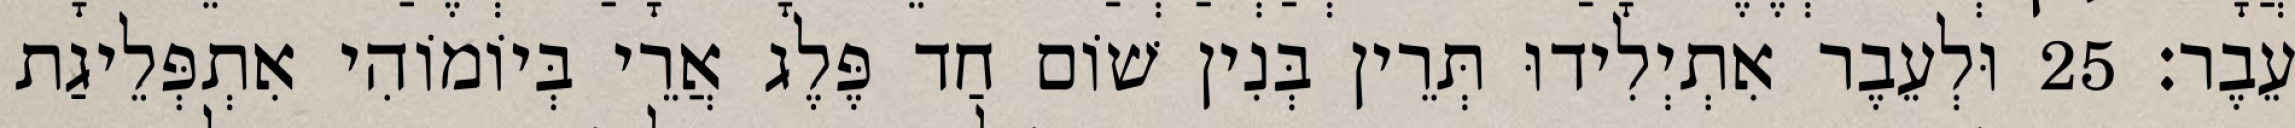
עֵבֶר׃ 25 וּלְעֵבֶר אִתְיְלִידוּ תְּרֵין בְּנִין שׁוֹם חַד פֶּלֶג אֲרֵי בְּיוֹמוֹהִי אִתְפְּלֵיגַת